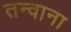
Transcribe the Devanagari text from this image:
तन्वाना